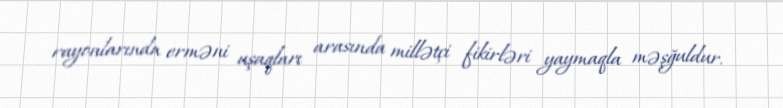
rayonlarında erməni uşaqları arasında millətçi fikirləri yaymaqla məşğuldur.